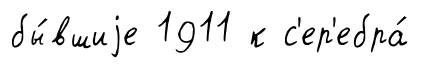
бы́вшиjе 1911 к с'ер'ебра́